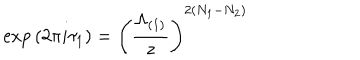
\mathrm { e x p } \left( 2 \pi i \tau _ { 1 } \right) = \left( \frac { \Lambda _ { ( 1 ) } } { z } \right) ^ { 2 ( N _ { 1 } - N _ { 2 } ) }